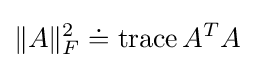
\|A\|_{F}^{2}\doteq \operatorname {trace} A^{T}A